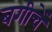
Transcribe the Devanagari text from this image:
बगीचें